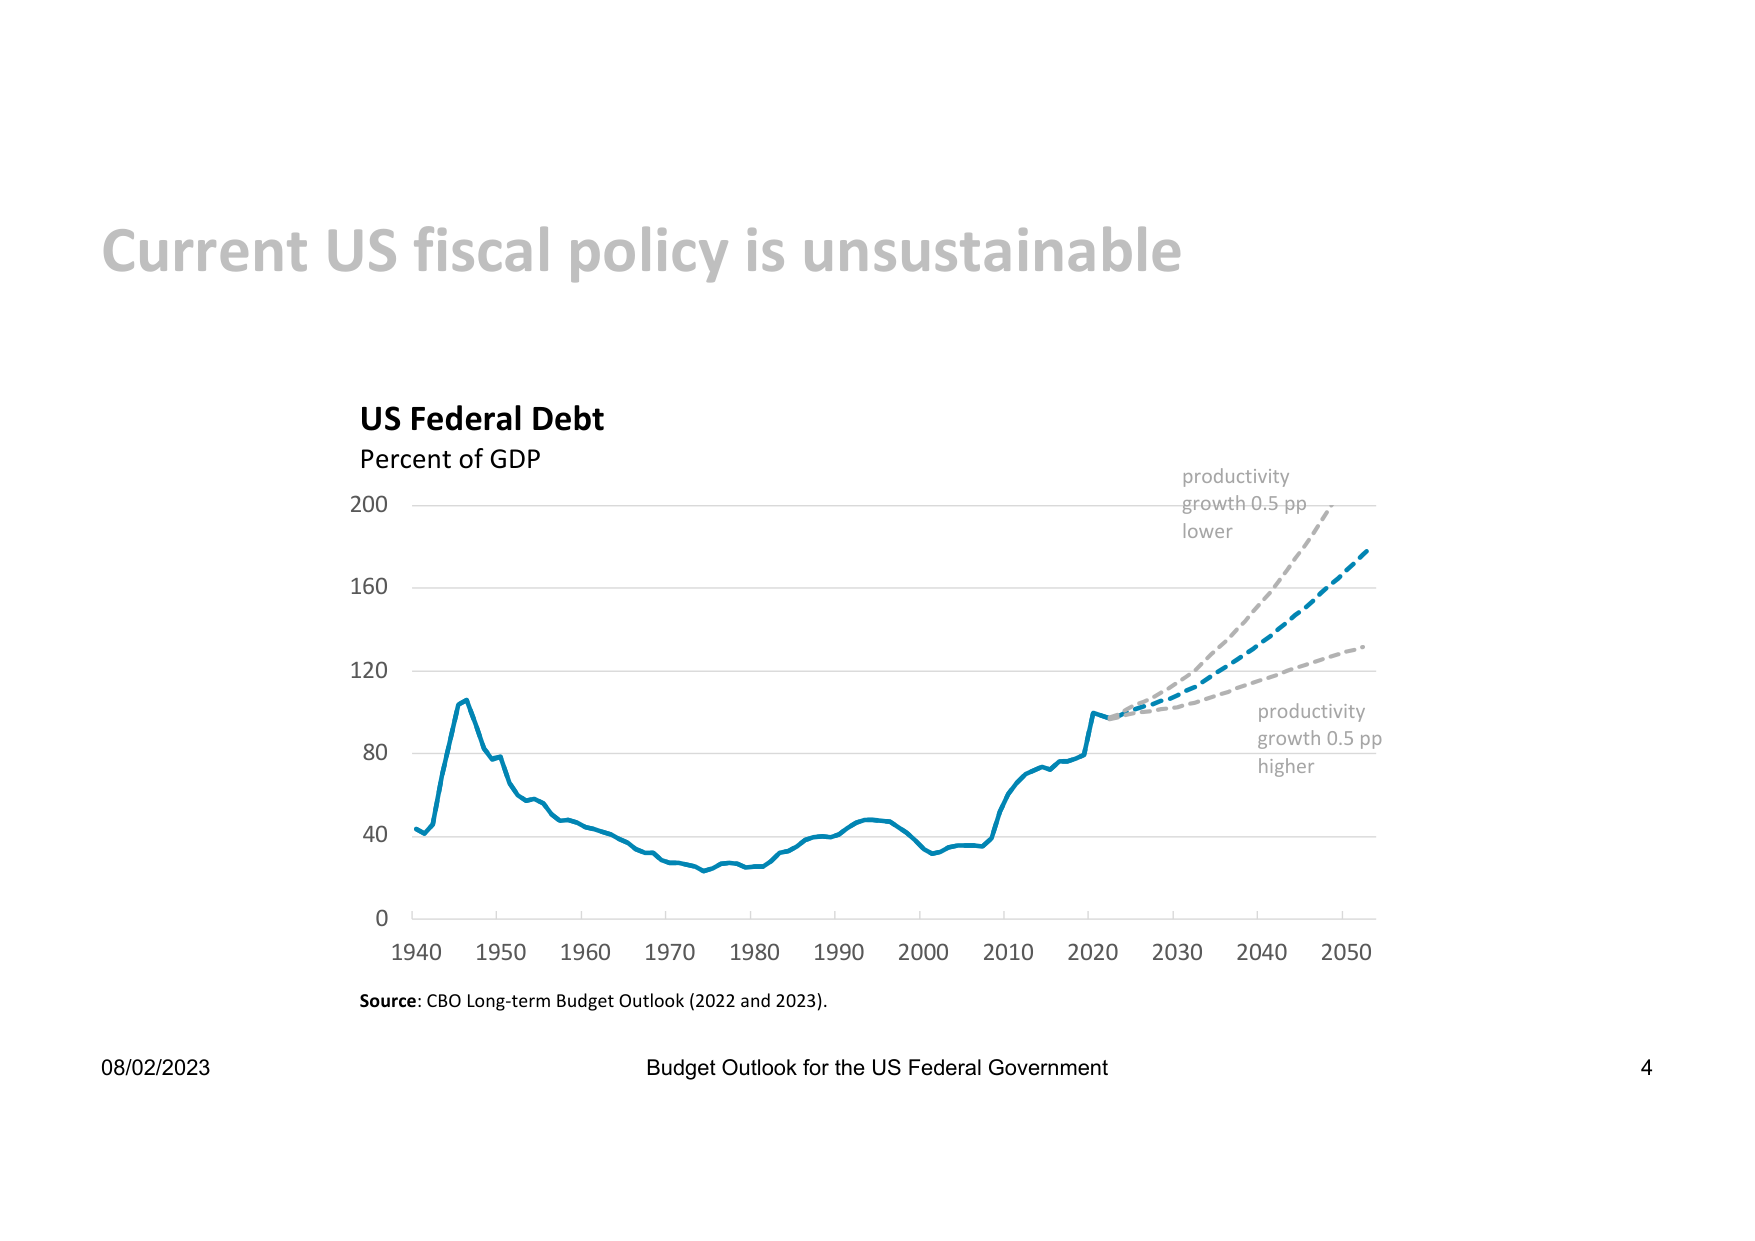
Current US fiscal policy is unsustainable

US Federal Debt
Percent of GDP

200
160
120
80
40
0

1940 1950 1960 1970 1980 1990 2000 2010 2020 2030 2040 2050

productivity
growth 0.5 pp
lower

productivity
growth 0.5 pp
higher

Source: CBO Long-term Budget Outlook (2022 and 2023).

08/02/2023
Budget Outlook for the US Federal Government
4